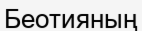
Беотияның